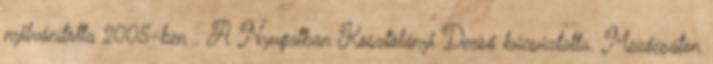
nyilvánította 2005-ben . A Nyugatban Kosztolányi Dezső búcsúztatta. Mezőcsáton